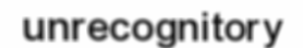
unrecognitory